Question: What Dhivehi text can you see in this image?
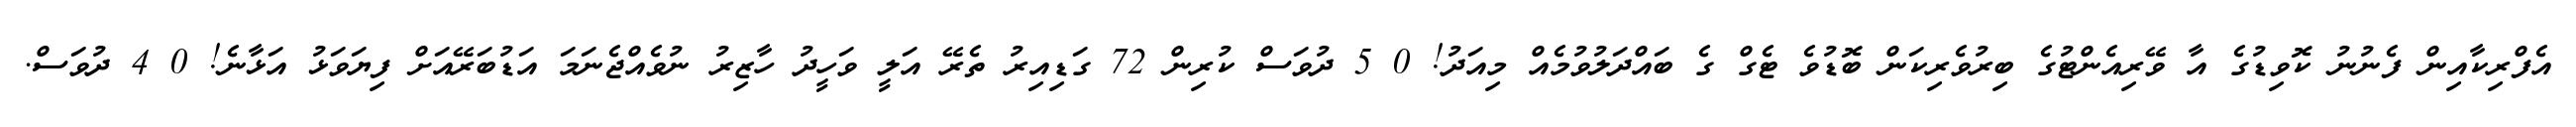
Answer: އެފްރިކާއިން ފެނުނު ކޮވިޑުގެ އާ ވޭރިއެންޓުގެ ބިރުވެރިކަން ބޮޑުވެ ޓެގް ގެ ބައްދަލުވުމެއް މިއަދު! 0 5 ދުވަސް ކުރިން 72 ގަޑިއިރު ތެރޭ އަލީ ވަހީދު ހާޒިރު ނުވެއްޖެނަމަ އަޑުބަރޭއަށް ފިޔަވަޅު އަޅާނެ! 0 4 ދުވަސް.